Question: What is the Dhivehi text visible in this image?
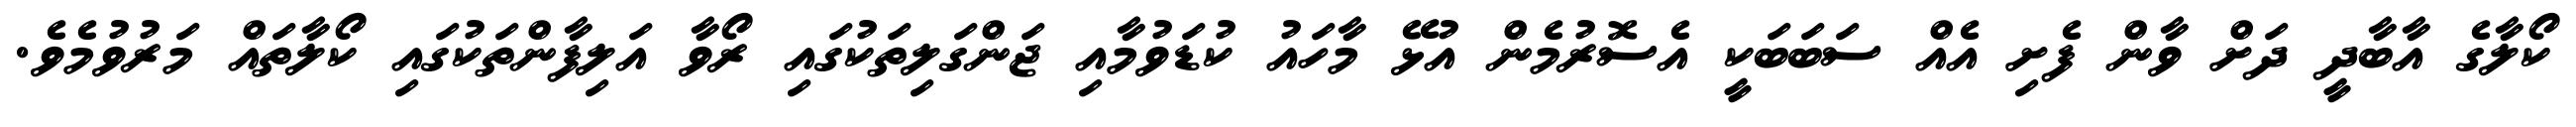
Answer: ކޯލާގެ އާބާދީ ދަށް ވާން ފެށި އެއް ސަބަބަކީ އެސޮރުމެން އުޅޭ މާހައު ކުޑަވުމާއި ޖަންގަލިތަކުގައި ރޯވާ އަލިފާންތަކުގައި ކޯލާތައް މަރުވުމެވެ.